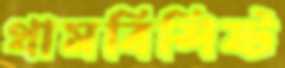
থামবিশিষ্ট